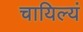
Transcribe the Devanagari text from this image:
चायिल्यं